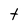
Character: t